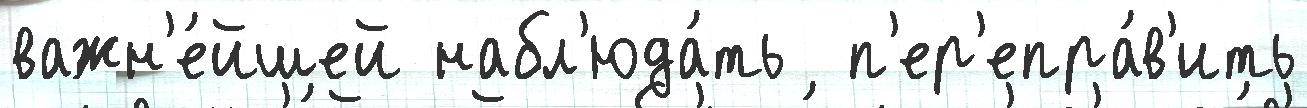
важн'е́йшей набл'юда́ть  п'ер'епра́в'ить